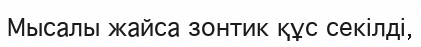
Мысалы жайса зонтик құс секілді,